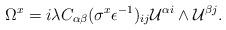
LaTeX: \begin{align*}\Omega^x =i\lambda C_{\alpha\beta}(\sigma^x\epsilon^{-1})_{ij} {\cal U}^{\alpha i}\wedge{\cal U}^{\beta j}. \end{align*}